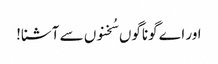
اور اے گوناگوں سُخنوں سے آشنا!